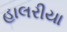
હાલરીયા